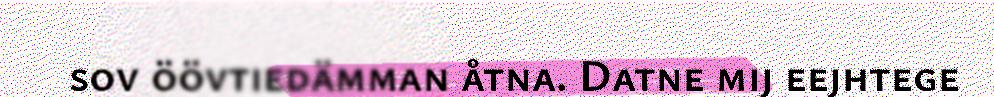
sov öövtiedämman åtna. Datne mij eejhtege